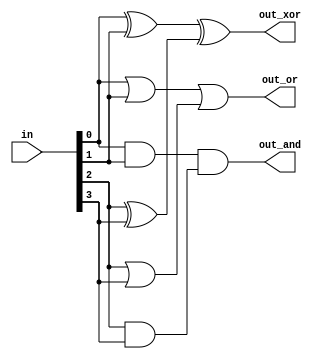
module top_module( 
    input [3:0] in,
    output out_and,
    output out_or,
    output out_xor
);
    /*wire and1;
    wire and2;
    assign and1= in[0] & in[1];
    assign and2 = in[2] & in[3];*/
    assign out_and= (in[0] & in[1]) & (in[2] & in[3]);
    assign out_or = (in[0] | in[1]) | (in[2] | in[3]);
    assign out_xor = (in[0] ^ in[1]) ^ (in[2] ^ in[3]);
    
    

endmodule